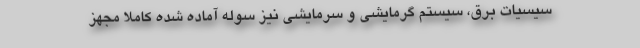
سیسیات برق، سیستم گرمایشی و سرمایشی نیز سوله آماده شده کاملاً مجهز